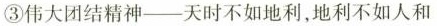
③伟大团结精神--天时不如地利，地利不如人和